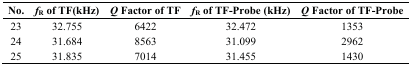
| No. | fR of TF(kHz) | Q Factor of TF | fR of TF-Probe (kHz) | Q Factor of TF-Probe |
 | --- | --- | --- | --- | --- |
 | 23 | 32.755 | 6422 | 32.472 | 1353 |
 | 24 | 31.684 | 8563 | 31.099 | 2962 |
 | 25 | 31.835 | 7014 | 31.455 | 1430 |